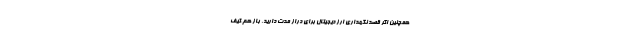
همچنین اگر قصد نگهداری ارز دیجیتال برای دراز مدت دارید، باز هم کیف